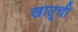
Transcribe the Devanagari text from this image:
खातूची